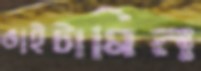
ভাইটামিন